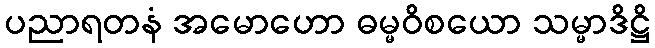
ပညာရတနံ အမောဟော ဓမ္မဝိစယော သမ္မာဒိဋ္ဌိ